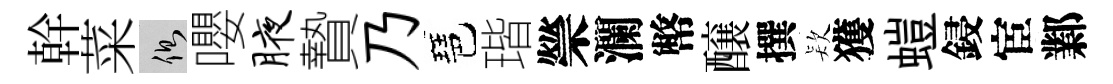
幹菜側嚶腋贄乃琶瑎禜瀾幣醸撰𣣇獲螘鋟宦鄴